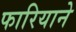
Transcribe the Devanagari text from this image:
फारियाने